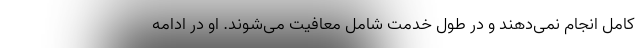
کامل انجام نمی‌دهند و در طول خدمت شامل معافیت می‌شوند. او در ادامه